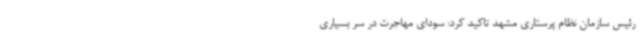
رئیس سازمان نظام پرستاری مشهد تاکید کرد: سودای مهاجرت در سر بسیاری